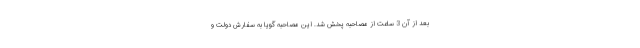
بعد از آن 3 ساعت از مصاحبه پخش شد. این مصاحبه گویا به سفارش دولت و